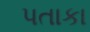
પતાકા